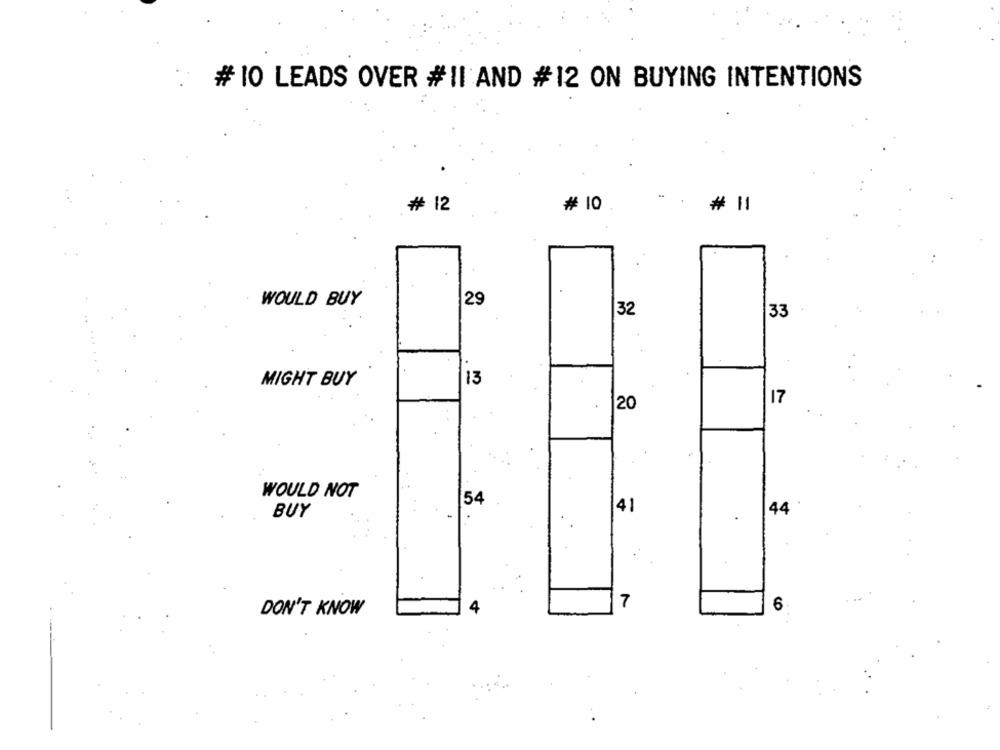
#10 LEADS OVER #II AND #12 ON BUYING INTENTIONS
# 12
# 10
# 11
29
WOULD BUY
32
33
MIGHT BUY
13
17
20
WOULD NOT
54
41
44
BUY
4
7
6
DON'T KNOW